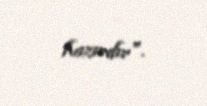
hazırdır".